Report of the Indian Hemp Drugs Commission, 1894-1895 - Volume II
Year: 1894
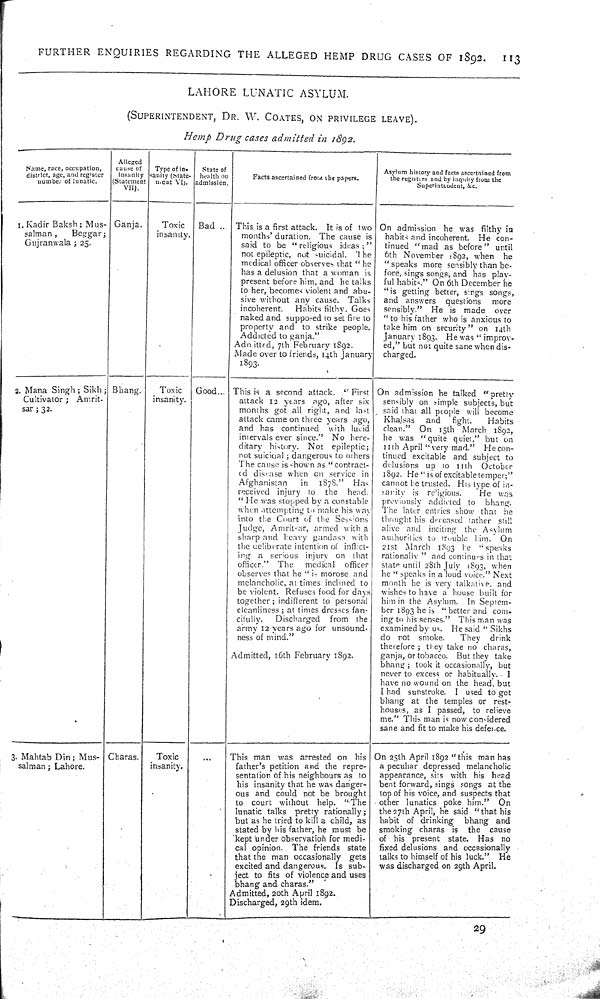
FURTHER
ENQUIRIES
REGARDING
THE
ALLEGED
HEMP
DRUG
CASES OF
1892.
113
LAHORE
LUNATIC
ASYLUM.
(SUPERINTENDENT,
DR.
W.
COATES,
ON
PRIVILEGE
LEAVE).
Hemp
Drug
cases
admitted
in
1892.
Name, race, occupation,
district, age, and register
number of lunatic.
Alleged
cause of
insanity
(Statement
VII).
Type of In.
sanity (State-
ment VI).
State of
health on
admission.
Facts ascertained from the papers.
Asylum history and facts ascertained from
the registers and by inquiry from the
Superintendent, & c.
1. Kadir Baksh; Mus-
salman,
Beggar;
Gujranwala; 25.
Ganja.
Toxic
insanity.
Bad
This is a first attack.
It is of two
months' duration. The cause is
said to be
"religious
ideas;"
not epileptic, not
uicidal.
The
medical officer observes that "he
has a delusion that a woman is
present before him, and he talks
to her, becomes violent and abu-
sive without any cause.
Talk,
incoherent.
Habits filthy. Goes
naked and supposed to set fire to
property and to strike people.
Addicted to ganja."
Admitted, 7th February 1892.
Made over to friends, 14th January
1893.
On admission he was filthy in
habits and incoherent.
He con-
tinued "mad as before" until
6th November 1892, when
he
"speaks more sensibly than be-
fore, sings songs, and has play-
ful habits." On 6th December he
"is getting better, sings songs,
and answers
questions
more
sensibly."
He is made
over
"to his father who is anxious to
take him on security" on 14th
January 1893. He was "improv-
ed," but not quite sane when dis-
charged.
2. Mana Singh; Sikh;
Cultivator;
Amrit-
sar; 32.
Bhang.
Toxic
insanity.
Good
This is a second attack.
"First
attack 12 years
ago, after six
months got all right, and last
attack came on three years ago,
and has continued
with lucid
intervals ever since."
No here-
ditary history.
Not
epileptic;
not suicidal; dangerous to others
The cause is shown as "contract-
ed disease when on service in
Afghanistan
in
1878."
Has
received injury
to
the
head.
"He was stopped by a constable
when attempting to make his way
into the Court of the Sessions
Judge, Amritsar, armed with a
sharp and heavy gandasa with
the deliberate intention of inflict-
ing a serious injury on
that
officer."
The
medical
officer
observes that he "is morose and
melancholic, at times inclined to
be violent. Refuses food for days
together; indifferent to personal
cleanliness; at times dresses fan-
cifully.
Discharged
from
the
army 12 years ago for unsound-
ness of mind."
Admitted, 16th February 1892.
On admission he talked
"pretty
sensibly on simple subjects, but
said that all people will become
Khalsas
and
fight.
Habits
clean."
On
15th
March 1892,
he was "quite quiet," but on
11th April "very mad."
He con-
tinued excitable and subject to
delusions up to
11th
October
1892. He "is of excitable temper;"
cannot be trusted. His type of in-
sarity is
religious.
He
was
previously addicted to
bhang.
The later entries show that
he
thought his deceased father still
alive and inciting the Asylum
authorities to trouble him." On
21st March 1893
he
"speaks
rationally" and continues in that
state until 2Sth July 1893, when
he "speaks in a loud voice." Next
month he is very talkative, and
wishes to have a house built for
him in the Asylum.
In Septem-
ber 1893 he is "better and com-
ing to his senses." This man was
examined by us. He said "Sikhs
do not
smoke.
They
drink
therefore; they take no charas,
ganja, or tobacco. But they take
bhang; took it occasionally, but
never to excess or habitually.
I
have no wound on the head, but
I had sunstroke.
I used to get
bhang at the temples or rest-
houses, as I passed, to relieve
me." This man is now considered
sane and fit to make his defence.
3. Mahtab Din; Mus-
salman; Lahore.
Charas.
Toxic
insanity.
This man was arrested on
his
father's petition and the repre-
sentation of his neighbours as to
his insanity that he was danger-
ous and could not be brought
to
court without
help.
"The
lunatic talks
pretty rationally;
but as he tried to kill a child, as
stated by his father, he must be
kept under observation for medi-
cal opinion. The friends
state
that the man occasionally
gets
excited and dangerous.
Is sub-
ject to fits of violence and uses
bhang and charas."
Admitted, 20th April 1892.
Discharged, 29th idem.
On 25th April 1892 "this man has
a peculiar depressed melancholic
appearance, sits with his head
bent forward, sings songs at the
lop of his voice, and suspects that
other lunatics poke him."
On
the 27th April, he said "that his
habit of drinking
bhang
and
smoking charas is
the
cause
of his present slate.
Has
no
fixed delusions and occasionally
talks to himself of his luck."
He
was discharged on 29th April.
29